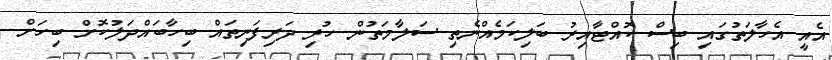
އެއީ އެހާލަތުގައި ބިސް ކޮއްޓާއިރު ބަލިކަމެއްނެތި ސަލާމަތުން ހުރި ދަރިފަނިތައް ބިހާބައްދަލުކޮށް ބިހަށް